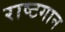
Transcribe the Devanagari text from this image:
राष्टगान